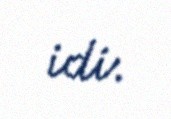
idi.